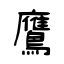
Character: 鷹